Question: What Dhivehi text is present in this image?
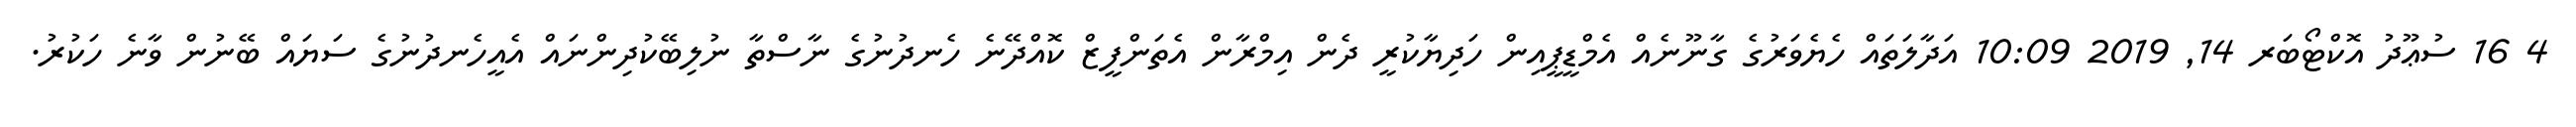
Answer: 4 16 ސުޢޫދު އޮކްޓޯބަރ 14, 2019 10:09 އަދާލަތައް ހެޔެވަރުގެ ގާނޫނެއް އެމްޑީޕީއިން ހަދިޔާކުރީ ދެން އިމްރާން އެތަންފީޒް ކޮއްދޭނެ ހެނދުނުގެ ނާސްތާ ނުލިބޭކުދިންނައް އެއީހެނދުނުގެ ސަޔައް ބޭނުން ވާނެ ހަކުރު.